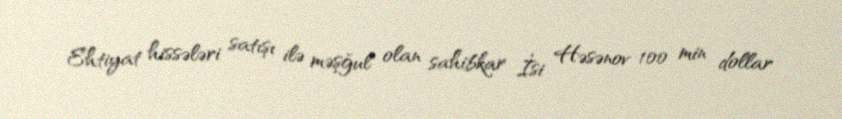
Ehtiyat hissələri satışı ilə məşğul olan sahibkar İsi Həsənov 100 min dollar